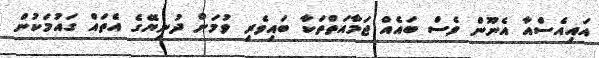
އައިއެސްއާ އެނޫން ވެސް ބައެއް ޖަމާއަތްތަކާ ބައިވެރި ވުމަށް ދުނިޔޭގެ އެތައް ގައުމަކުން